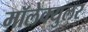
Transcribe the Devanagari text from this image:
मॉलेक्युलर